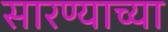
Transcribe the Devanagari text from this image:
सारण्याच्या